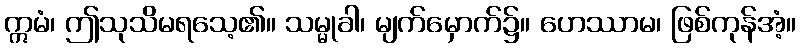
ဣမံ၊ ဤသုသိမရသေ့၏။ သမ္မုခါ၊ မျက်မှောက်၌။ ဟေဿာမ၊ ဖြစ်ကုန်အံ့။